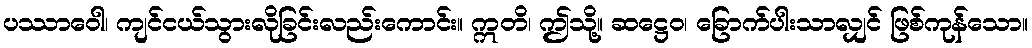
ပဿာဝေါ၊ ကျင်ငယ်သွားလိုခြင်းလည်းကောင်း။ ဣတိ၊ ဤသို့။ ဆဋ္ဌေဝ၊ ခြောက်ပါးသာလျှင် ဖြစ်ကုန်သော။